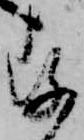
存